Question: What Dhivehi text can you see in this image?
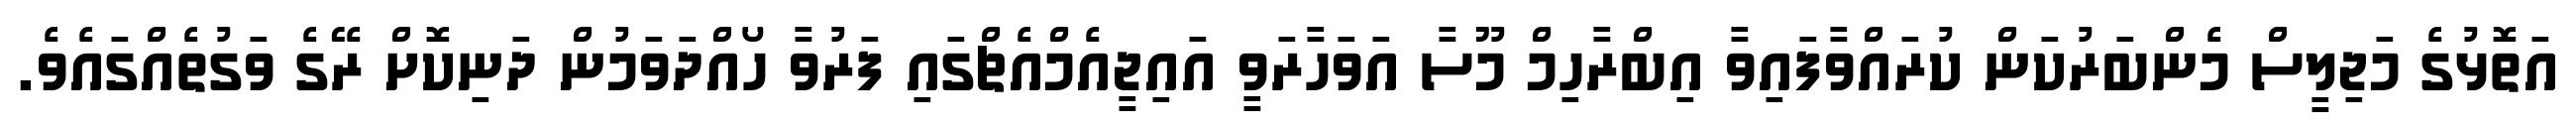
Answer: އަތޮޅުގެ މަޖިލީސް މެންބަރުކަން ކުރައްވާފައިވާ އިބްރާހިމް މޫސާ އަވަހާރަވީ އައިޖީއެމްއެޗްގައި ފަރުވާ ހޯއްދަވަމުން ދަނިކޮށް ރޭގެ ވަގުތެއްގައެވެ.